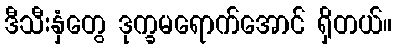
ဒီသီးနှံတွေ ဒုက္ခမရောက်အောင် ရှိတယ်။